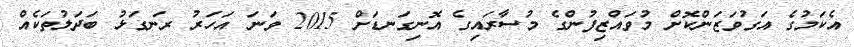
އެކަމުގެ އަގުވަޒަންކޮށް މުވައްޒިފުންގެ މުސާރައިގެ އޮނިގަނޑަށް 2015 ވަނަ އަހަރު ރަނގަޅު ބަދަލުތަކެއް